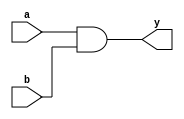
module and_gate(a,b,y);
input a,b;
output y;

and(y,a,b);
                
endmodule

module not_gate(a,y);
input a;
output y;

not(y,a);
                
endmodule

module or_gate(a,b,y);
input a,b;
output y;

or(y,a,b);
                
endmodule

module and_gate_three(a,b,c,y);
input a,b,c;
output y;

wire j;

and_gate and1(a,b,j);
and_gate and2(c,j,y);

endmodule

module or_gate_three(a,b,c,y);
input a,b,c;
output y;

wire j;

or_gate or1(a,b,j);
or_gate or2(c,j,y);

endmodule

module add3(A3, A2, A1, A0, S3, S2, S1, S0);

input A3,A2,A1,A0;
output S3,S2,S1,S0;

wire w1,w2,w3,w4,w5,w6,w7,w8, w9,w10,w11,w12,w13,w14,w15,w16,w17,w18,w19,w20,w21,w22,w23,w24;

//connect wires to inputs
assign w1 = A3;
assign w3 = A2;
assign w5 = A1;
assign w7 = A0;

//nots
not_gate not1(A3,w2);
not_gate not2(A2, w4);
not_gate not3(A1, w6);
not_gate not4(A0, w8);

//S3
and_gate and1(w3, w5, w9);
and_gate and2(w3, w7, w10);
or_gate or1(w9, w10, w11);
or_gate or2(w11, w1, S3);

//S2  
and_gate and3(w1,w6,w13);
and_gate_three three_and1(w3,w6,w8,w14);
or_gate or3(w13,w14,S2);

//S1
and_gate and4(w1,w7,w16);
and_gate and5(w4,w5,w17);
and_gate and6(w5,w7,w18);
or_gate_three three_or1(w16,w17,w18,S1);

//S0
and_gate and7(w1,w8,w19);
and_gate_three three_and2(w2,w7,w4,w20);
and_gate_three three_and3(w3,w5,w8,w21);
or_gate_three three_or2(w19,w20,w21,S0);

endmodule

module bintobcd(B8,B7,B6,B5,B4,B3,B2,B1,B0,P9,P8,P7,P6,P5,P4,P3,P2,P1,P0);
input B8,B7,B6,B5,B4,B3,B2,B1,B0;
output P9,P8,P7,P6,P5,P4,P3,P2,P1,P0;

wire w1,w2,w3,w4,w5,w6,w7,w8, w9,w10,w11,w12,w13,w14,w15,w16,w17,w18,w19,w20,w21,w22,w23,w24,w25,w26,w27,w28,w29;


assign w1=B0;
assign w2=B1;
assign w3=B2;
assign w4=B3;
assign w5=B4;
assign w6=B5;
assign w7=B6;
assign w8=B7;
assign w9=B8;

add3 c1(w9,w8,w7,w6,w10,w11,w12,w13);
add3 c2(w11,w12,w13,w5,w14,w15,w16,w17);
add3 c3(w15,w16,w17,w4,w18,w19,w20,w21);
add3 c4(w19,w20,w21,w3,w22,w23,w24,w25);
add3 c5(w23,w24,w25,w2,P4,P3,P2,P1);
add3 c6(w9,w10,w14,w18,P9,w26,w27,w28);
add3 c7(w26,w27,w28,w22,P8,P7,P6,P5);

endmodule

module bcdtosev(A,B,C,D,a,b,c,d,e,f,g);

input A,B,C,D;
output a,b,c,d,e,f,g;

wire w1,w2,w3,w4,w5,w6,w7,w8, w9,w10,w11,w12,w13,w14,w15,w16,w17,w18,w19,w20,w21,w22;

assign w1 = A;
assign w3 = B;
assign w5 = C;
assign w7 = D;

not_gate not1(A, w2);
not_gate not2(B, w4);
not_gate not3(B, w6);
not_gate not4(D, w8);

//a
and_gate and1(w3,w7,w9);
and_gate and2(w4,w8,w10);
or_gate_three or3_1(w9,w10,w1,w11);
or_gate or1(w11,w5,a);

//b
and_gate and3(w5,w7,w12);
and_gate and4(w6,w8,w13);
or_gate_three or3_2(w12,w4,w13,b);


//c
or_gate_three or3_3(w3,w6,w7,c);

//d
and_gate and5(w5,w8,w14);
and_gate and6(w4,w5,w15);
and_gate and7(w3,w6,w16);
and_gate and8(w7,w16,w17);
or_gate_three or3_4(w1,w10,w14,w18);
or_gate or2(w15,w17,w19);
or_gate or3(w19,w18,d);

//e
or_gate or4(w14,w10,e);

//f
and_gate and9(w3,w8,w20);
or_gate_three or3_5(w13,w20,w16,w21);
or_gate or5(w21,w1,f);

//g
or_gate_three or3_6(w10,w16,w1,w22);
or_gate or6(w22,w15,g);


endmodule


module project(B8,B7,B6,B5,B4,B3,B2,B1,B0, a10,b10,c10,d10,e10,f10,g10,a1,b1,c1,d1,e1,f1,g1);
input B8,B7,B6,B5,B4,B3,B2,B1,B0;
output a10,b10,c10,d10,e10,f10,g10,a1,b1,c1,d1,e1,f1,g1;

wire hund_a,hund_b,ten_a,ten_b,ten_c,ten_d,one_a,one_b,one_c,one_d;

bintobcd bintobcd(B8,B7,B6,B5,B4,B3,B2,B1,B0,hund_a,hund_b,ten_a,ten_b,ten_c,ten_d,one_a,one_b,one_c,one_d);
bcdtosev bsevtens(ten_a,ten_b,ten_c,ten_d,a10,b10,c10,d10,e10,f10,g10);
bcdtosev bsevones(one_a,one_b,one_c,one_d,a1,b1,c1,d1,e1,f1,g1);

endmodule